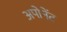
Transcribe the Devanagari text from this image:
अपोनेंट